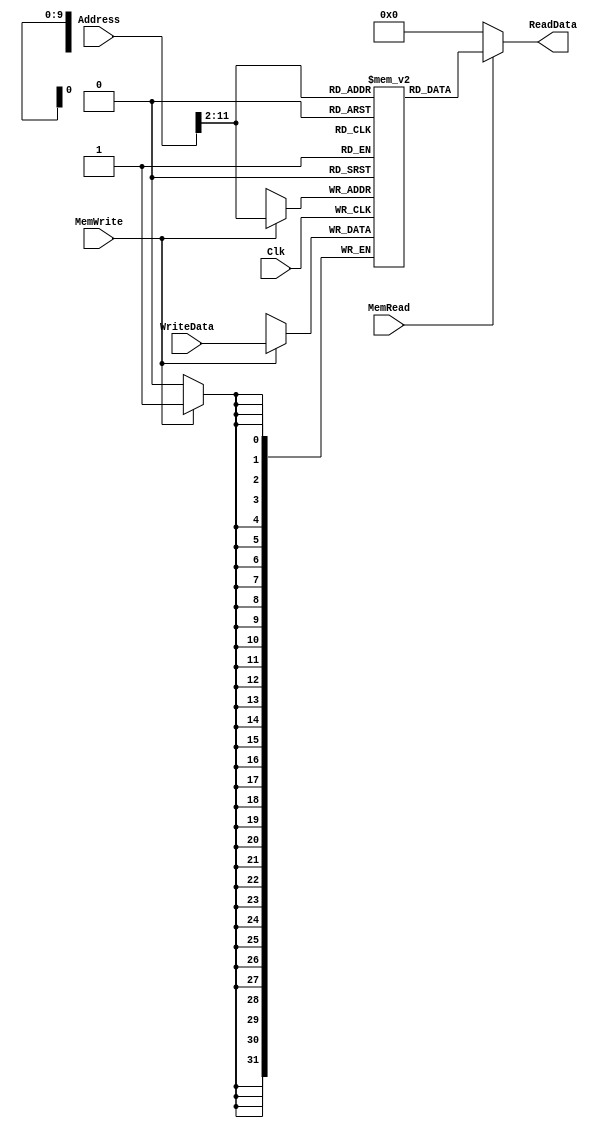
`timescale 1ns / 1ps

////////////////////////////////////////////////////////////////////////////////
// Last Edits: Nirmal Kumbhare, Ali Akoglu
// 
// Module - data_memory.v
// Description - 32-Bit wide data memory.
//
// INPUTS:-
// Address: 32-Bit address input port.
// WriteData: 32-Bit input port.
// Clk: 1-Bit Input clock signal.
// MemWrite: 1-Bit control signal for memory write.
// MemRead: 1-Bit control signal for memory read.
//
// OUTPUTS:-
// ReadData: 32-Bit registered output port.
//
// FUNCTIONALITY:-
// Design the above memory similar to the 'RegisterFile' model in the previous 
// assignment.  Create a 1K (x32) memory, for which we need 10 bits for the address.  
// In order to implement byte addressing, we will use bits Address[11:2] to index the 
// memory location. 
// The 'WriteData' value is written into the location whose address 
// corresponds to Address[11:2] in the positive clock edge if 'MemWrite' 
// signal is 1. 
// 'ReadData' is the value of memory location Address[11:2] if 
// 'MemRead' is 1, otherwise, it is 0x00000000. The reading of memory is NOT clocked.
//
// you need to declare a 2d array. in this case we need 
// an array of 1024 (1K) 32-bit elements (1024 elements where each element is 32-bit wide).  
// for example, to declare an array of 256 32-bit elements, declaration is: reg[31:0] memory[0:255]
////////////////////////////////////////////////////////////////////////////////

module DataMemory(Address, WriteData, Clk, MemWrite, MemRead, ReadData); 

    input [31:0] Address; 	// Input Address 
    input [31:0] WriteData; // Data that needs to be written into the address 
    input Clk;
    input MemWrite; 		// Control signal for memory write 
    input MemRead; 			// Control signal for memory read 

    output reg[31:0] ReadData; // Contents of memory location at Address

    
    reg [31:0] memory [0:1023];
    
	always @(posedge Clk) begin
        if (MemWrite == 1'b1) begin
            memory[Address[11:2]] <= WriteData;
        end
    end    
    
    always @(*) begin
        if (MemRead == 1'b1) begin
                ReadData <= memory[Address[11:2]];
        end
        else
                ReadData <= 32'h0;    
    end    
endmodule